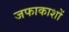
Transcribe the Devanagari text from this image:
जफाकाशों